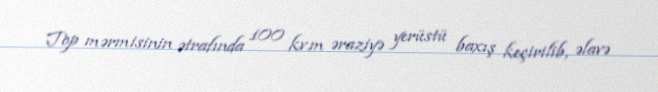
Top mərmisinin ətrafında 100 kv.m əraziyə yerüstü baxış keçirilib, əlavə